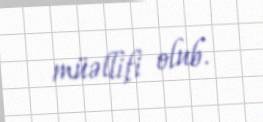
müəllifi olub.